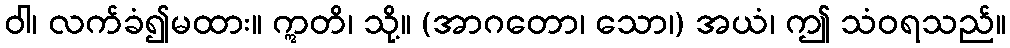
ဝါ၊ လက်ခံ၍မထား။ ဣတိ၊ သို့။ (အာဂတော၊ သော၊) အယံ၊ ဤ သံဝရသည်။